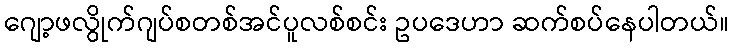
ဂျော့ဖလွိုက်ဂျပ်စတစ်အင်ပူလစ်စင်း ဥပဒေဟာ ဆက်စပ်နေပါတယ်။